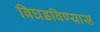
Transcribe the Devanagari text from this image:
बिघडविण्यास